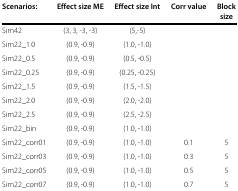
| Scenarios: | Effect size ME | Effect size Int | Corr value | Block |
 |  |  |  |  | size |
 | --- | --- | --- | --- | --- |
 | Sim42 | (3, 3, -3, -3) | (5,-5) |  |  |
 | Sim22_1.0 | (0.9, -0.9) | (1.0, -1.0) |  |  |
 | Sim22_0.5 | (0.9, -0.9) | (0.5, -0.5) |  |  |
 | Sim22_0.25 | (0.9, -0.9) | (0.25, -0.25) |  |  |
 | Sim22_1.5 | (0.9, -0.9) | (1.5, -1.5) |  |  |
 | Sim22_2.0 | (0.9, -0.9) | (2.0, -2.0) |  |  |
 | Sim22_2.5 | (0.9, -0.9) | (2.5, -2.5) |  |  |
 | Sim22_bin | (0.9, -0.9) | (1.0, -1.0) |  |  |
 | Sim22_corr01 | (0.9, -0.9) | (1.0, -1.0) | 0.1 | 5 |
 | Sim22_corr03 | (0.9, -0.9) | (1.0, -1.0) | 0.3 | 5 |
 | Sim22_corr05 | (0.9, -0.9) | (1.0, -1.0) | 0.5 | 5 |
 | Sim22_corr07 | (0.9, -0.9) | (1.0, -1.0) | 0.7 | 5 |